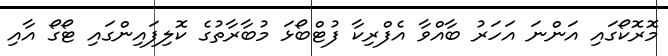
މޮރޮކޯގައި އަންނަ އަހަރު ބާއްވާ އެފްރިކާ ފުޓްބޯޅަ މުބާރާތުގެ ކޮލިފައިންގައި ޓޯގޯ އާއި